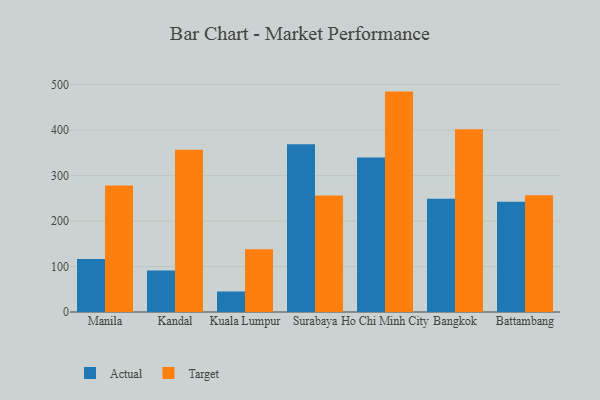
{"axis": {"x": "City", "y": "Shipments"}, "legend": ["Actual", "Target"], "data": [{"x": "Manila", "y": 116.4, "type": "Actual"}, {"x": "Manila", "y": 278.1, "type": "Target"}, {"x": "Kandal", "y": 91.5, "type": "Actual"}, {"x": "Kandal", "y": 357.0, "type": "Target"}, {"x": "Kuala Lumpur", "y": 45.1, "type": "Actual"}, {"x": "Kuala Lumpur", "y": 138.2, "type": "Target"}, {"x": "Surabaya", "y": 368.8, "type": "Actual"}, {"x": "Surabaya", "y": 256.0, "type": "Target"}, {"x": "Ho Chi Minh City", "y": 339.5, "type": "Actual"}, {"x": "Ho Chi Minh City", "y": 484.6, "type": "Target"}, {"x": "Bangkok", "y": 249.2, "type": "Actual"}, {"x": "Bangkok", "y": 401.7, "type": "Target"}, {"x": "Battambang", "y": 242.3, "type": "Actual"}, {"x": "Battambang", "y": 256.6, "type": "Target"}]}